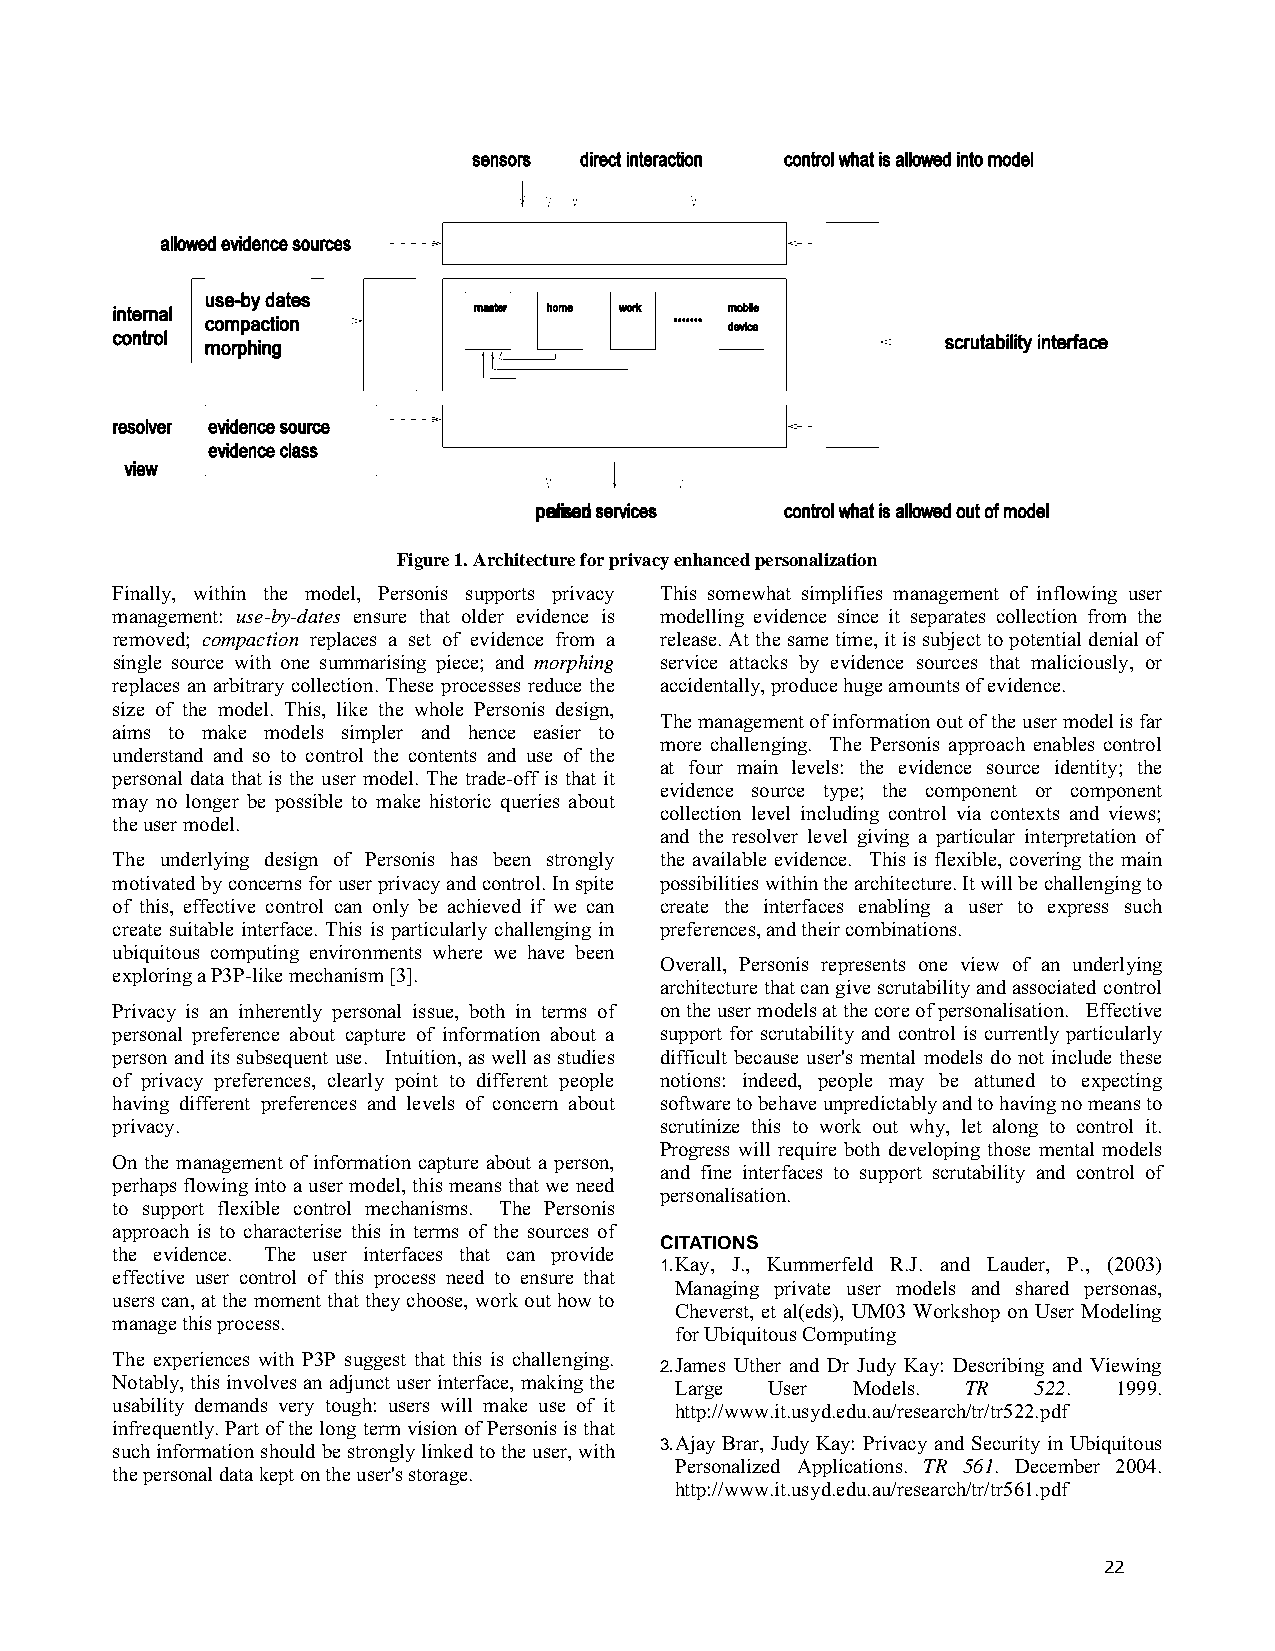
Figure 1. Architecture for privacy enhanced personalization
 Finally, within the model, Personis supports privacy This somewhat simplifies management of inflowing user
 management: use-by-dates ensure that older evidence is modelling evidence since it separates collection from the
 removed; compaction replaces a set of evidence from a release. At the same time, it is subject to potential denial of
 single source with one summarising piece; and morphing service attacks by evidence sources that maliciously, or
 replaces an arbitrary collection. These processes reduce the accidentally, produce huge amounts of evidence.
 size of the model. This, like the whole Personis design,
 The management of information out of the user model is far
 aims to make models simpler and hence easier to
 more challenging. The Personis approach enables control
 understand and so to control the contents and use of the
 at four main levels: the evidence source identity; the
 personal data that is the user model. The trade-off is that it
 evidence source type; the component or component
 may no longer be possible to make historic queries about
 collection level including control via contexts and views;
 the user model.
 and the resolver level giving a particular interpretation of
 The underlying design of Personis has been strongly the available evidence. This is flexible, covering the main
 motivated by concerns for user privacy and control. In spite possibilities within the architecture. It will be challenging to
 of this, effective control can only be achieved if we can create the interfaces enabling a user to express such
 create suitable interface. This is particularly challenging in preferences, and their combinations.
 ubiquitous computing environments where we have been
 Overall, Personis represents one view of an underlying
 exploring a P3P-like mechanism [3].
 architecture that can give scrutability and associated control
 Privacy is an inherently personal issue, both in terms of on the user models at the core of personalisation. Effective
 personal preference about capture of information about a support for scrutability and control is currently particularly
 person and its subsequent use. Intuition, as well as studies difficult because user's mental models do not include these
 of privacy preferences, clearly point to different people notions: indeed, people may be attuned to expecting
 having different preferences and levels of concern about software to behave unpredictably and to having no means to
 privacy.                             scrutinize this to work out why, let along to control it.
 Progress will require both developing those mental models
 On the management of information capture about a person,
 and fine interfaces to support scrutability and control of
 perhaps flowing into a user model, this means that we need
 personalisation.
 to support flexible control mechanisms. The Personis
 approach is to characterise this in terms of the sources of
 CITATIONS
 the evidence. The user interfaces that can provide
 1.Kay, J., Kummerfeld R.J. and Lauder, P., (2003)
 effective user control of this process need to ensure that
 Managing private user models and shared personas,
 users can, at the moment that they choose, work out how to
 Cheverst, et al(eds), UM03 Workshop on User Modeling
 manage this process.
 for Ubiquitous Computing
 The experiences with P3P suggest that this is challenging.
 2.James Uther and Dr Judy Kay: Describing and Viewing
 Notably, this involves an adjunct user interface, making the Large User Models. TR 522. 1999.
 usability demands very tough: users will make use of it http://www.it.usyd.edu.au/research/tr/tr522.pdf
 infrequently. Part of the long term vision of Personis is that
 such information should be strongly linked to the user, with
 3.Ajay Brar, Judy Kay: Privacy and Security in Ubiquitous
 Personalized Applications. TR 561. December 2004.
 the personal data kept on the user's storage.
 http://www.it.usyd.edu.au/research/tr/tr561.pdf
 22